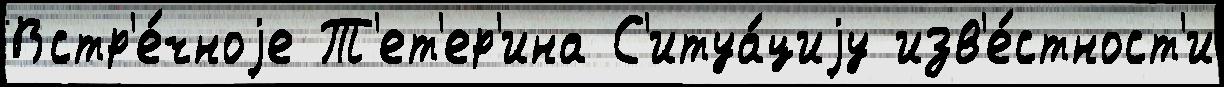
Встр'е́чноjе Т'ет'ер'ина С'итуа́циjу изв'е́стност'и